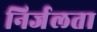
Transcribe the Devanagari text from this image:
निर्जलता